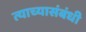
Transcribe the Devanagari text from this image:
त्याच्यासंबंधी